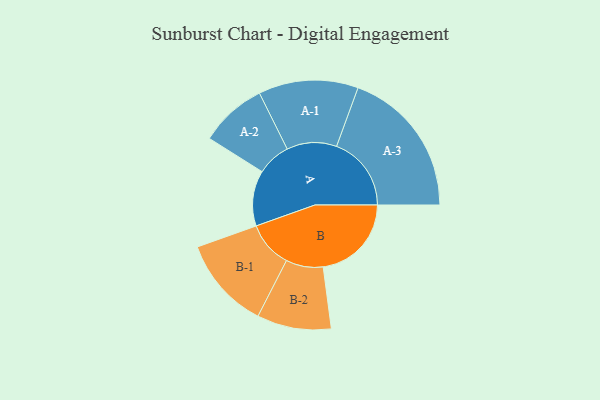
{"axis": {"x": "Segment", "y": "Value"}, "legend": ["", "A", "B"], "data": [{"x": "A", "y": 218, "type": ""}, {"x": "B", "y": 347, "type": ""}, {"x": "A-1", "y": 196, "type": "A"}, {"x": "A-2", "y": 132, "type": "A"}, {"x": "A-3", "y": 294, "type": "A"}, {"x": "B-1", "y": 182, "type": "B"}, {"x": "B-2", "y": 146, "type": "B"}]}